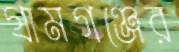
গ্রামগঞ্জের